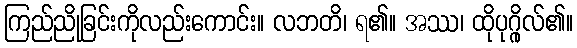
ကြည်ညိုခြင်းကိုလည်းကောင်း။ လဘတိ၊ ရ၏။ အဿ၊ ထိုပုဂ္ဂိုလ်၏။